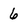
Character: 6